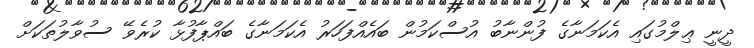
ދީނީ ޢިލްމުގައި އެކަމަނާގެ ފުންނާބު އުސްކަމުން ބައެއްފަހަރު އެކަމަނާގެ ބައްޕާފުޅާ ކުރެވޭ ސުވާލުތަކަށް